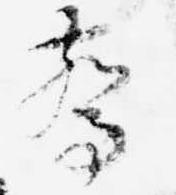
驚